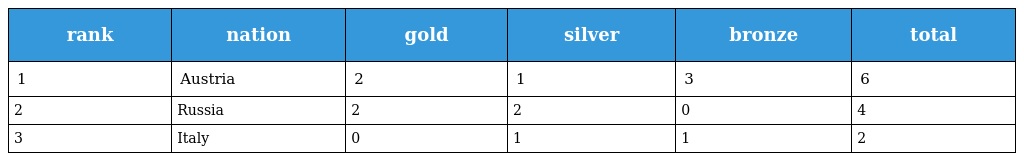
| rank | nation | gold | silver | bronze | total |
 | --- | --- | --- | --- | --- | --- |
 | 1 | Austria | 2 | 1 | 3 | 6 |
 | 2 | Russia | 2 | 2 | 0 | 4 |
 | 3 | Italy | 0 | 1 | 1 | 2 |